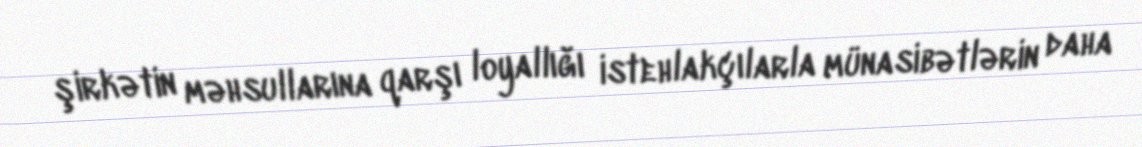
şirkətin məhsullarına qarşı loyallığı istehlakçılarla münasibətlərin daha